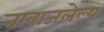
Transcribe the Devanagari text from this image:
नावाजलेल्य